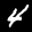
Label: 4